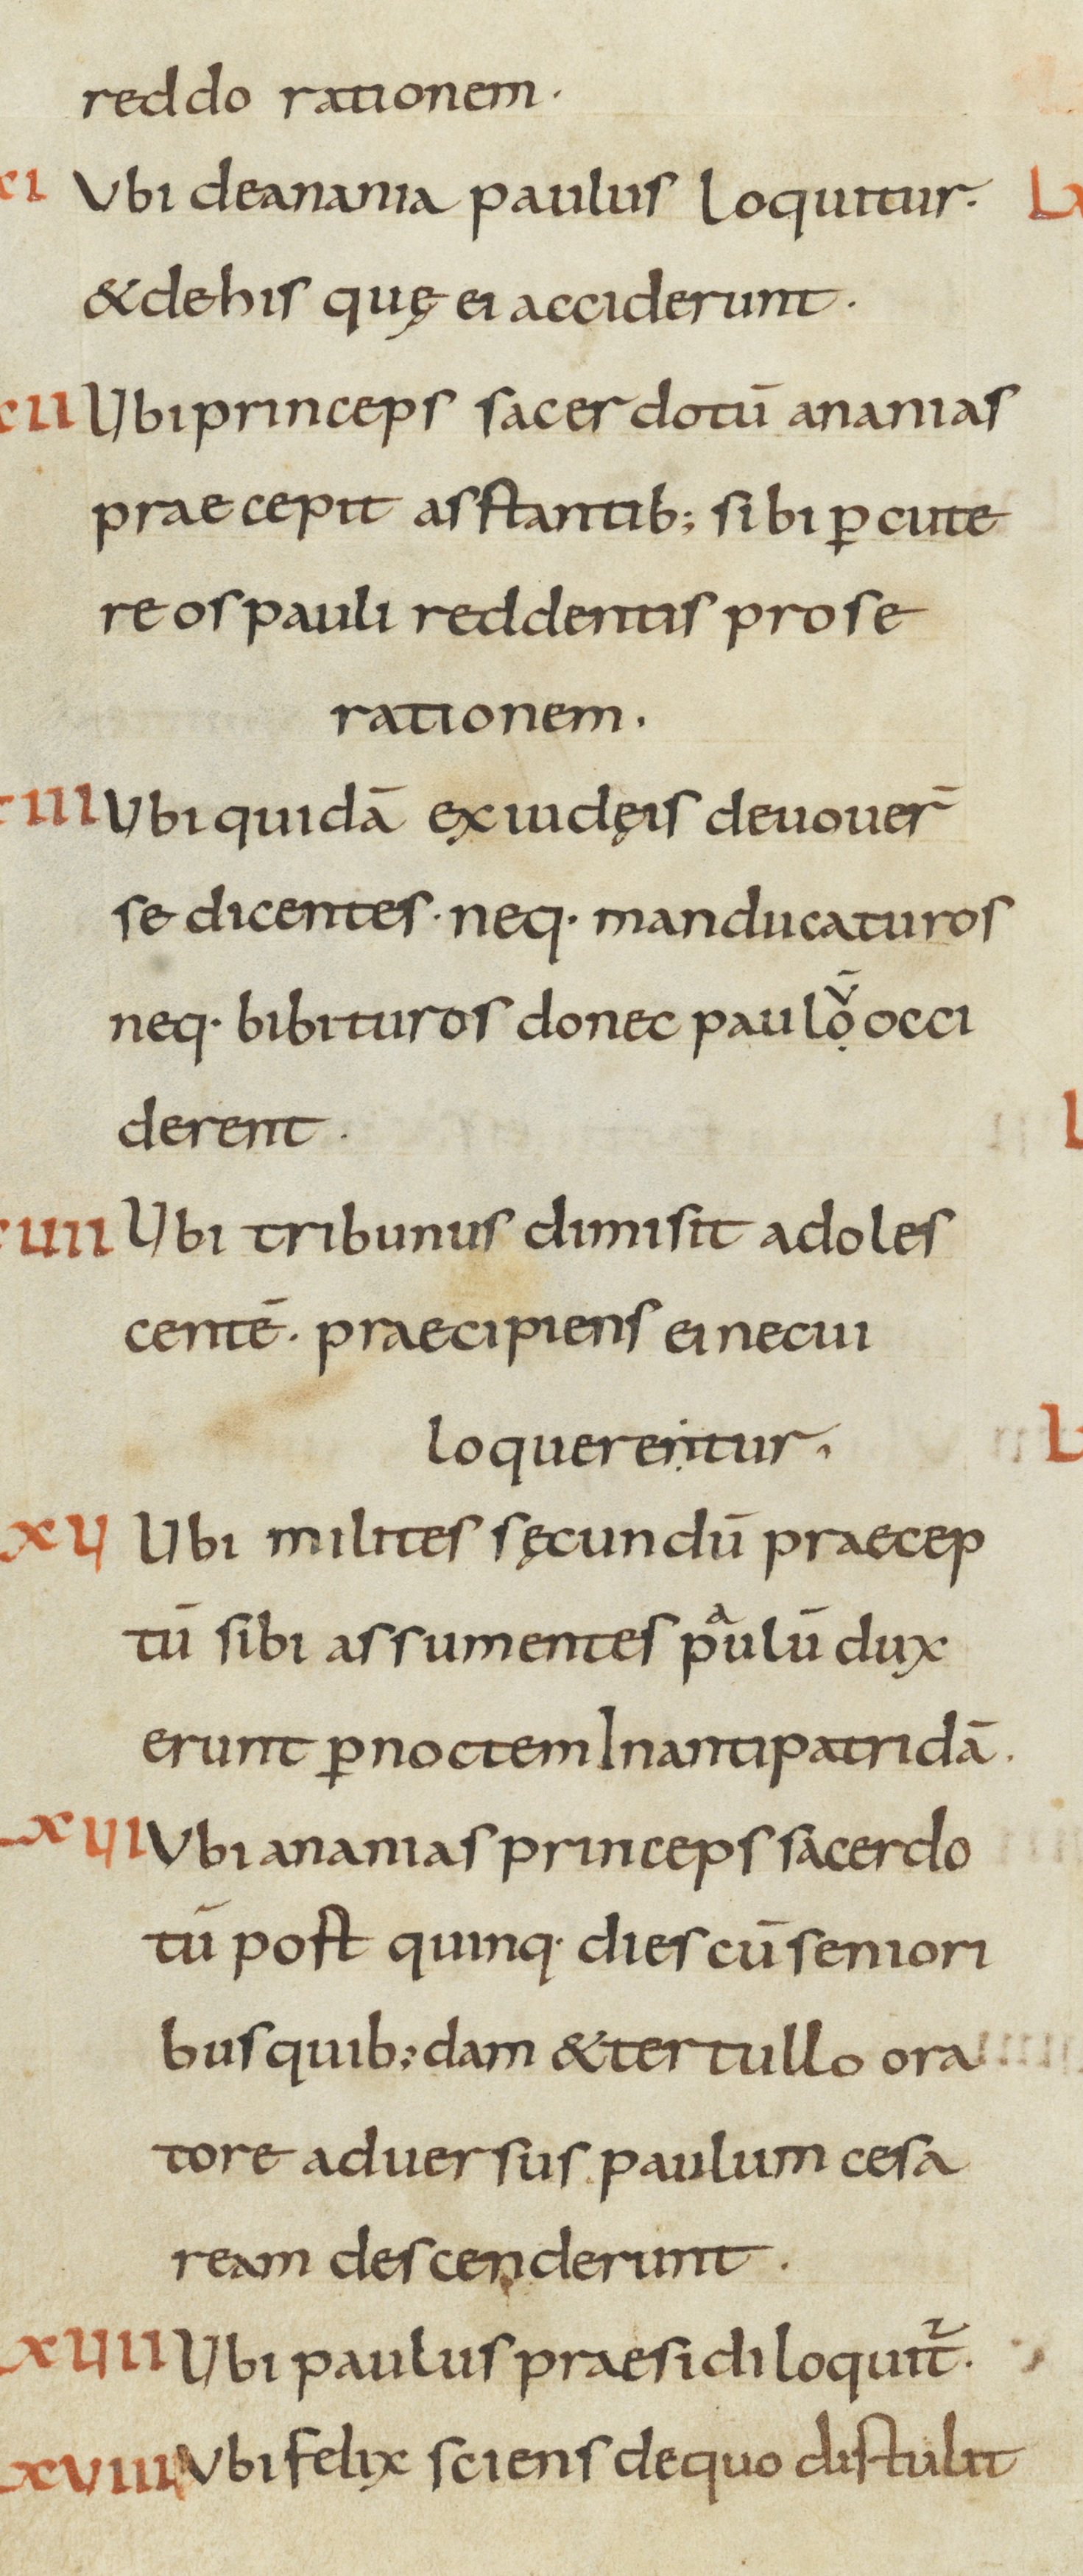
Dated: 800–899